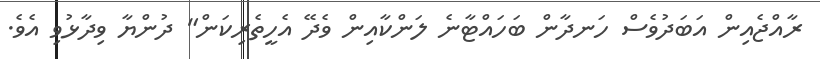
ރާއްޖެއިން އަބަދުވެސް ހަނދާން ބަހައްޓާނެ ލަންކާއިން ވެދޭ އެހީތެރިކަން" ދުންޔާ ވިދާޅުވި އެވެ.